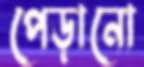
পেড়ানো